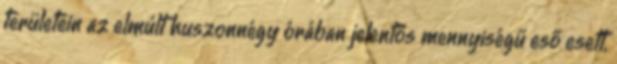
területein az elmúlt huszonnégy órában jelentős mennyiségű eső esett,